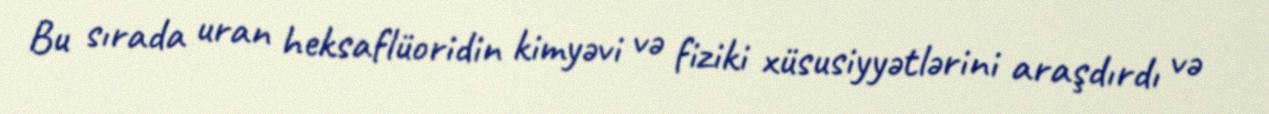
Bu sırada uran heksaflüoridin kimyəvi və fiziki xüsusiyyətlərini araşdırdı və